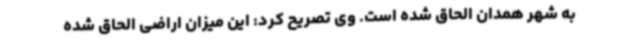
به شهر همدان الحاق شده است. وی تصریح کرد: این میزان اراضی الحاق شده